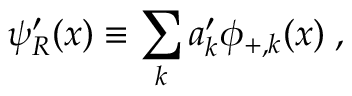
\psi _ { R } ^ { \prime } ( x ) \equiv \sum _ { k } a _ { k } ^ { \prime } \phi _ { + , k } ( x ) \; ,